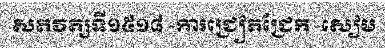
សតវត្សទី១៥១៨ -ការជ្រៀតជ្រែក -សៀម